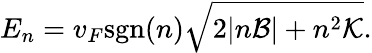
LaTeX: E_{n}=v_{F}\mathrm{sgn}(n)\sqrt{2|n\mathcal{B}|+n^{2}\mathcal{K}}.